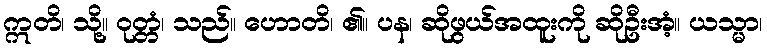
ဣတိ၊ သို့။ ဝုတ္တံ၊ သည်။ ဟောတိ၊ ၏။ ပန၊ ဆိုဖွယ်အထူးကို ဆိုဦးအံ့။ ယသ္မာ၊